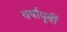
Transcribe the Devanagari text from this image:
वर्षापूर्बी